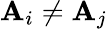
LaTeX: \mathbf{A}_{i}\neq\mathbf{A}_{j}